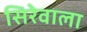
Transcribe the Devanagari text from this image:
सिरेवाला